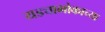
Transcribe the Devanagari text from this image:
यड्याभोकाच्या